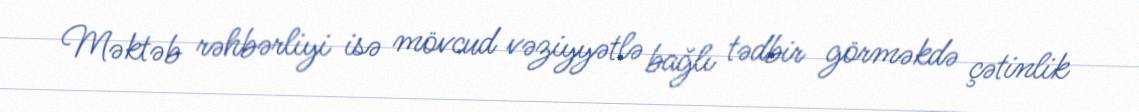
Məktəb rəhbərliyi isə mövcud vəziyyətlə bağlı tədbir görməkdə çətinlik